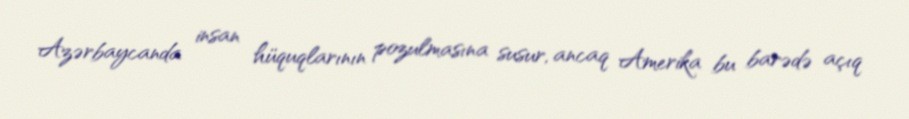
Azərbaycanda insan hüquqlarının pozulmasına susur, ancaq Amerika bu barədə açıq